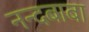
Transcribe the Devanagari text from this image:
नन्दबाबा